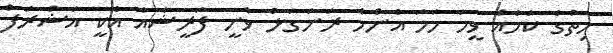
ހިތުގެ ކަމެއް ވީމަ ހަމަ އެންމެ ރަނަގަޅު ވާނީ ފަރީޝާއާ އެކީ އަޝްރަފް